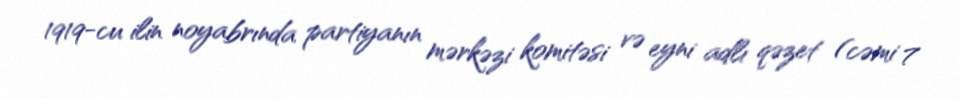
1919-cu ilin noyabrında partiyanın mərkəzi komitəsi və eyni adlı qəzet (cəmi 7